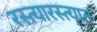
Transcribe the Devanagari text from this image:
रस्त्यारस्त्यात